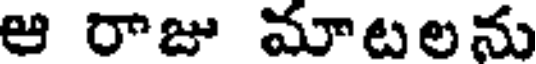
ఆ రాజు మాటలను